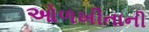
ઓળખીતાની